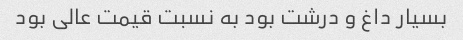
بسیار داغ و درشت بود به نسبت قیمت عالی بود